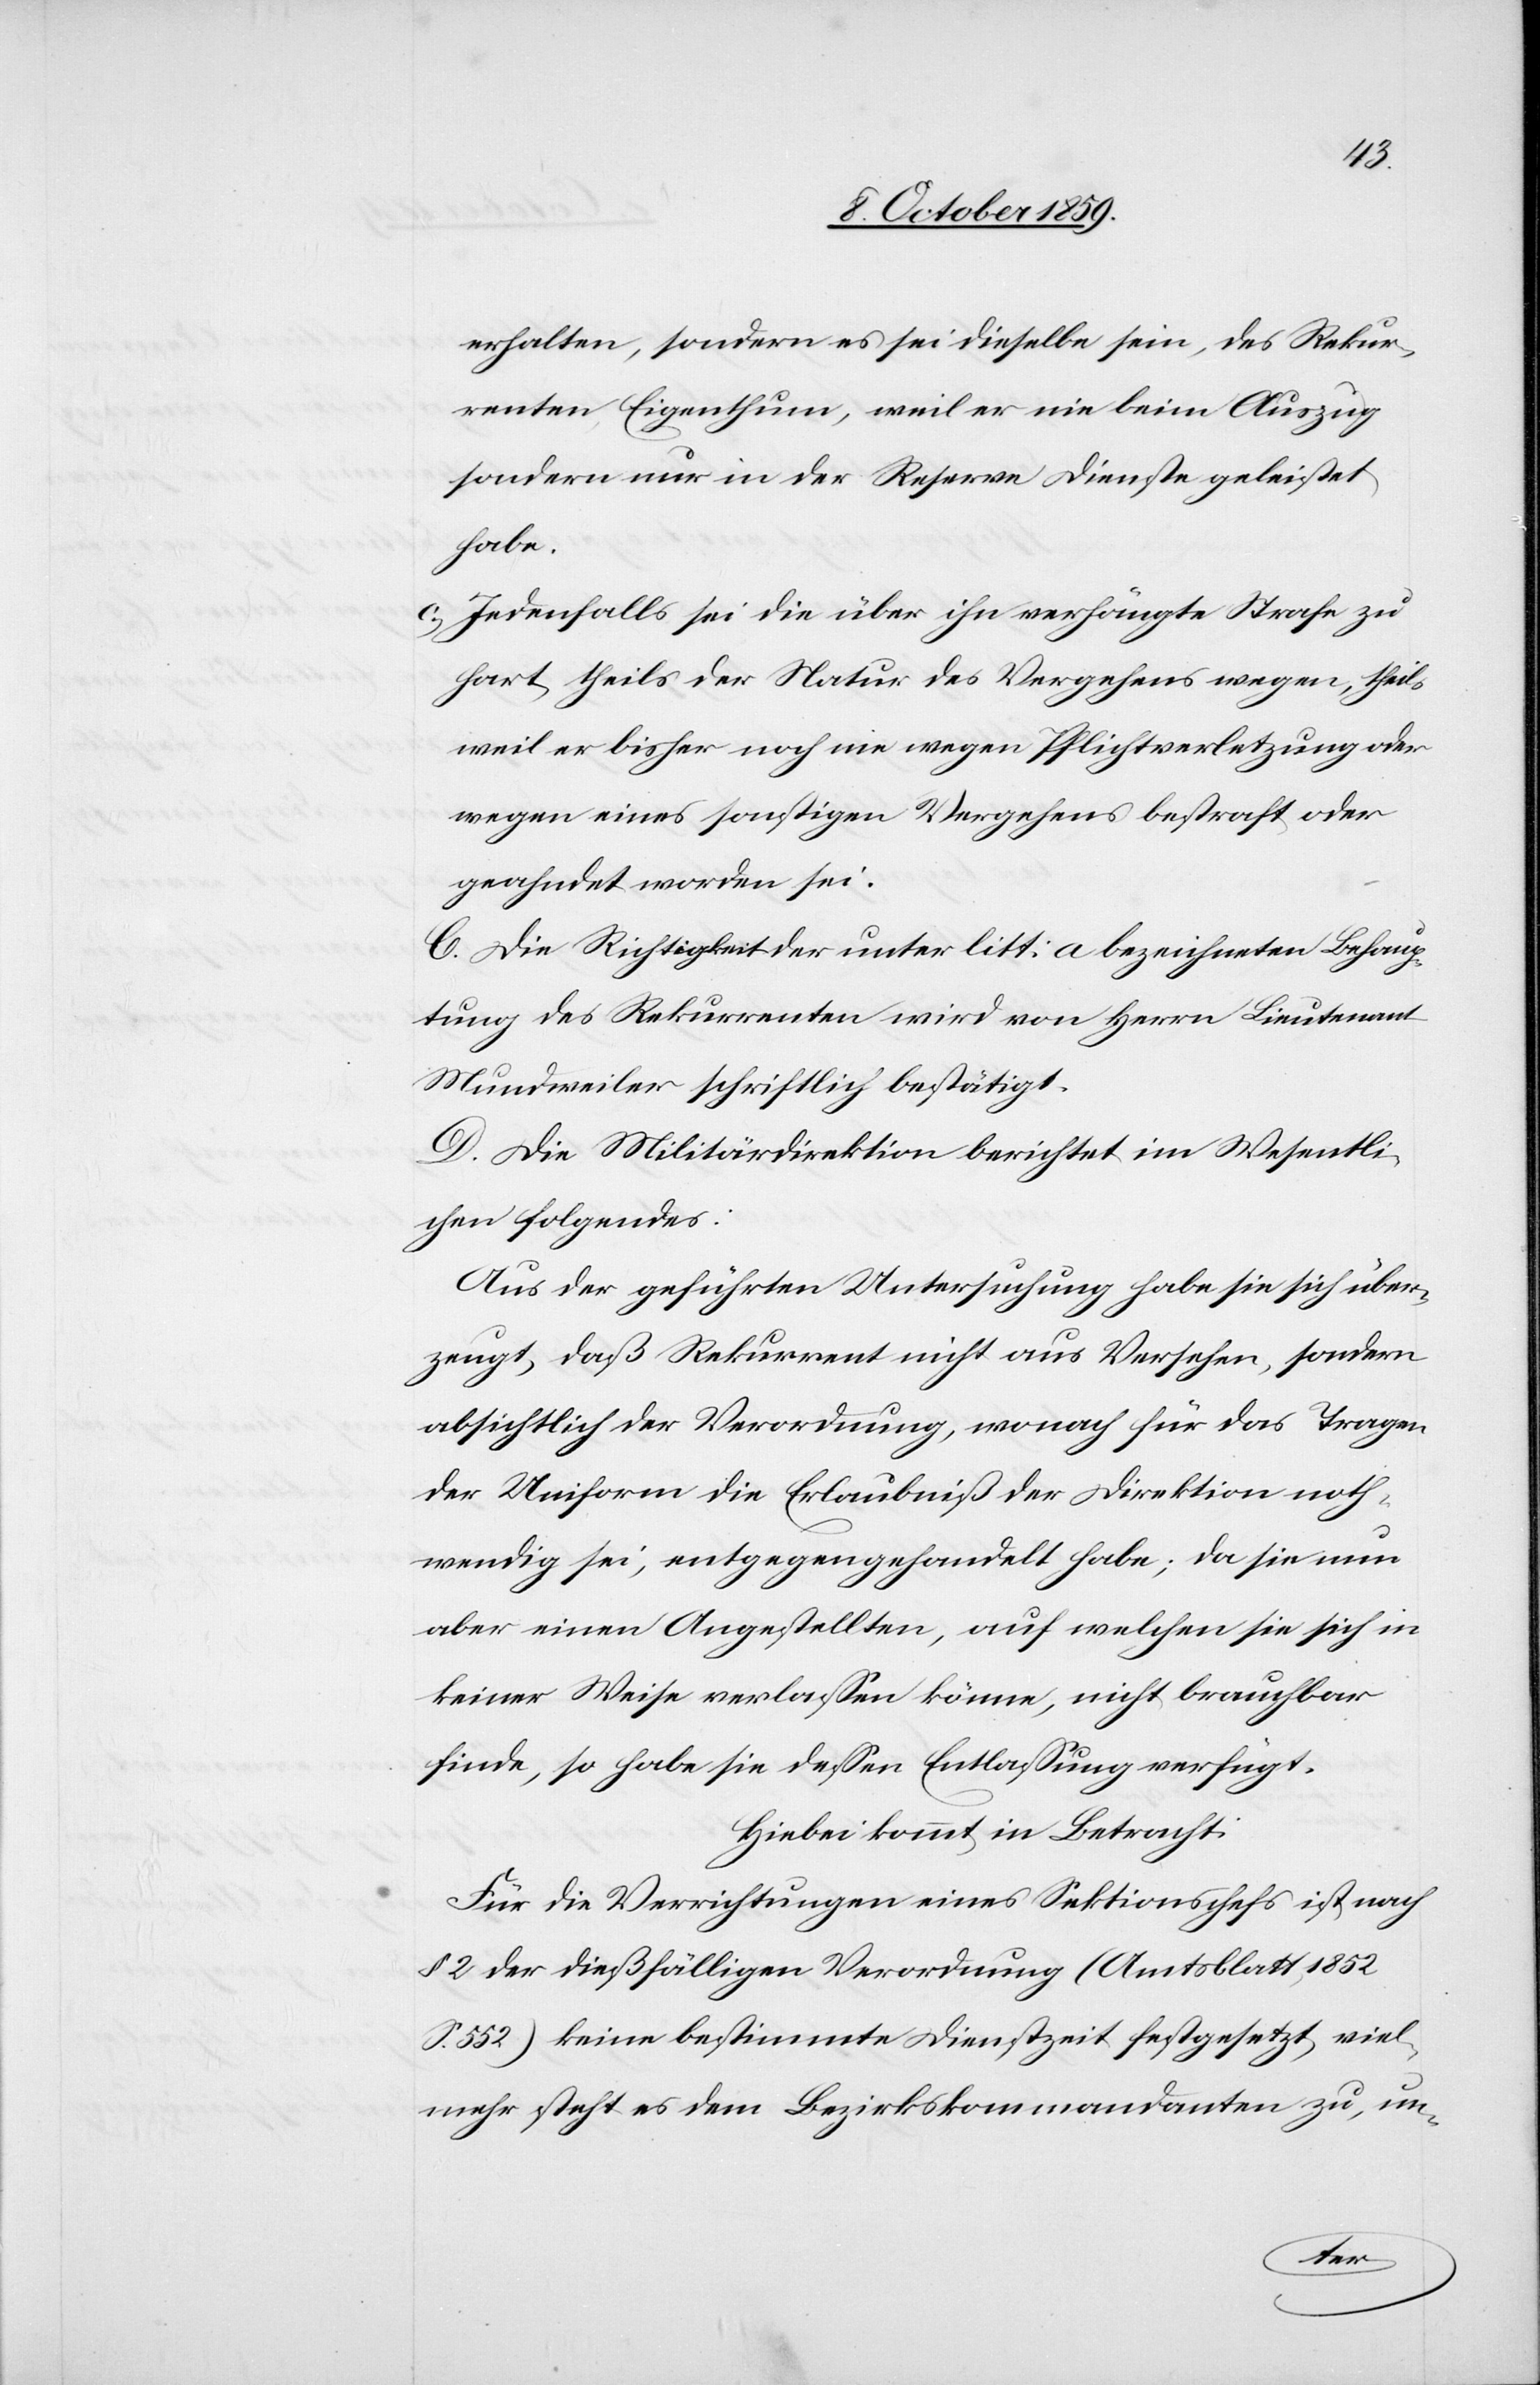
erhalten, sondern es sei dieselbe sein, des Rekur¬
renten Eigenthum, weil er nie beim Auszug
sondern nur in der Reserve Dienste geleistet
habe.
c.) Jedenfalls sei die über ihn verhängte Strafe zu
hart theils der Natur des Vergehens wegen, Theils
weil er bisher noch nie wegen Pflichtverletzung oder
wegen eines sonstigen Vergehens bestraft oder
geahndet worden sei.
C. Die Richtigkeit der unter litt: a bezeichneten Behaup¬
tung des Rekurrenten wird von Herrn Lieutenant
Mundweiler schriftlich bestätigt.
D. Die Militärdirektion berichtet im Wesentli¬
chen folgendes:
Aus der geführten Untersuchung habe sie sich über¬
zeugt, daß Rekurrent nicht aus Versehen, sondern
absichtlich der Verordnung, wonach für das Tragen
der Uniform die Erlaubniß der Direktion noth¬
wendig sei, entgegengehandelt habe; da sie nun
aber einen Angestellten, auf welchen sie sich in
keiner Weise verlassen könne, nicht brauchbar
finde, so habe sie dessen Entlassung verfügt.
Hiebei kommt in Betracht:
Für die Verrichtungen eines Sektionschefs ist nach
§ 2 der dießfälligen Verordnung (Amtsblatt 1852
S. 552) keine bestimmte Dienstzeit festgesetzt, viel¬
mehr steht es dem Bezirkskommandanten zu, un-